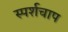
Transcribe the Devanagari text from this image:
स्पर्शचाप